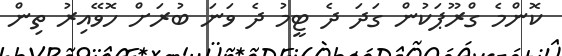
ކޮންމެ ގްރޫޕަކުން ގަދަ ދެ ޓީމު ދެ ވަނަ ބުރަށް ހޮވޭއިރު ތިން